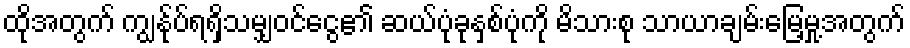
ထိုအတွက် ကျွန်ုပ်ရရှိသမျှဝင်ငွေ၏ ဆယ်ပုံခုနှစ်ပုံကို မိသားစု သာယာချမ်းမြေ့မှု့အတွက်